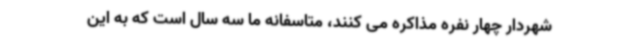
شهردار چهار نفره مذاکره می کنند، متاسفانه ما سه سال است که به این